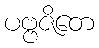
ပဗ္ဗဇိတေ